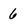
Character: 6